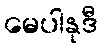
မေပါနုဒီ